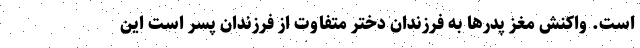
است. واکنش مغز پدرها به فرزندان دختر متفاوت از فرزندان پسر است این